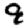
Digit: 9